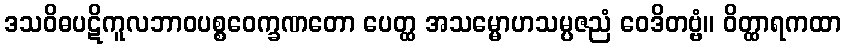
ဒသဝိဓပဋိကူလဘာဝပစ္စဝေက္ခဏတော ပေတ္ထ အသမ္မောဟသမ္ပဇညံ ဝေဒိတဗ္ဗံ။ ဝိတ္ထာရကထာ